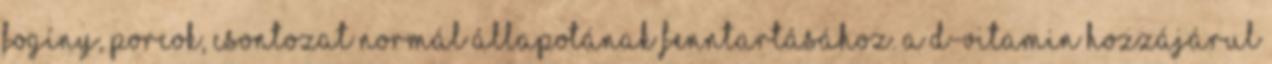
fogíny, porcok, csontozat normál állapotának fenntartásához. A D-vitamin hozzájárul